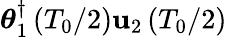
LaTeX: \boldsymbol{\theta}_{1}^{\dagger}\left(T_{0}/2\right){\mathbf u}_{2}\left(T_{0}/2\right)